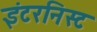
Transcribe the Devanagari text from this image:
इंटरनिस्ट